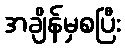
အချိန်မှစပြီး